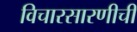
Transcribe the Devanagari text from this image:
विचारसारणीची